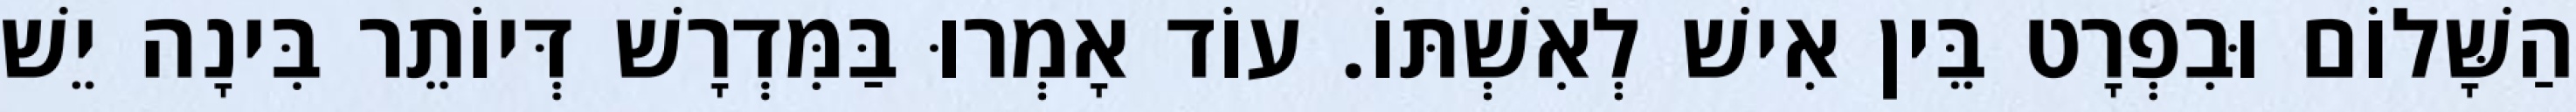
הַשָּׁלוֹם וּבִפְרָט בֵּין אִישׁ לְאִשְׁתּוֹ. עוֹד אָמְרוּ בַּמִּדְרָשׁ דְּיוֹתֵר בִּינָה יֵשׁ